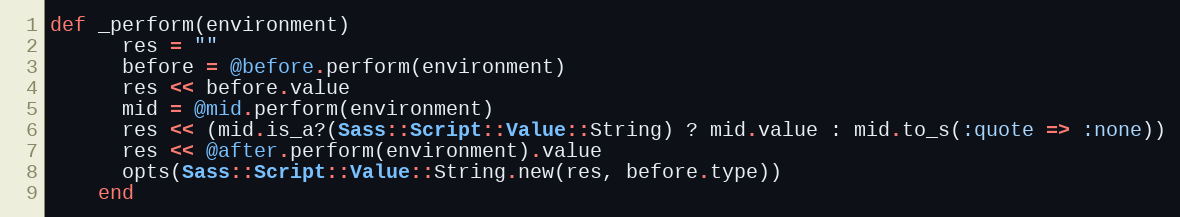
Language: Ruby
def _perform(environment)
      res = ""
      before = @before.perform(environment)
      res << before.value
      mid = @mid.perform(environment)
      res << (mid.is_a?(Sass::Script::Value::String) ? mid.value : mid.to_s(:quote => :none))
      res << @after.perform(environment).value
      opts(Sass::Script::Value::String.new(res, before.type))
    end